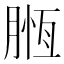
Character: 𣎄